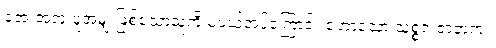
အေးအတူ ပူအမျှ ဖြစ်သောသူကို မပယ်အပ်ကြောင်း ဟောသော သုစ္စဇ ဇာတက။